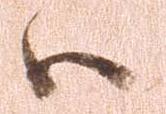
ハ